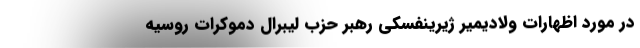
در مورد اظهارات ولادیمیر ژیرینفسکی رهبر حزب لیبرال دموکرات روسیه